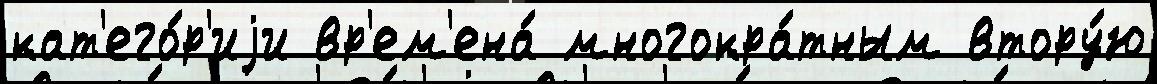
кат'его́р'иjи вр'ем'ена́ многокра́тным втору́ю